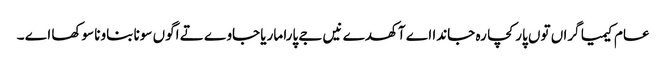
عام کیمیا گراں توں پار کچا رہ جاندا اے آکھدے نیں جے پارا ماریا جاوے تے اگوں سونا بناونا سوکھا اے ۔